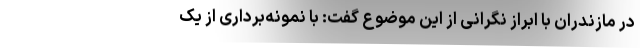
در مازندران با ابراز نگرانی از این موضوع گفت: با نمونه‌برداری از یک